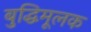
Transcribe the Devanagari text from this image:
बुद्धिमूलक